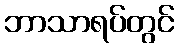
ဘာသာရပ်တွင်